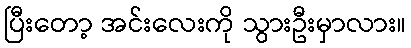
ပြီးတော့ အင်းလေးကို သွားဦးမှာလား။